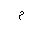
Letter: _mim